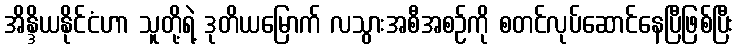
အိန္ဒိယနိုင်ငံဟာ သူတို့ရဲ့ ဒုတိယမြောက် လသွားအစီအစဉ်ကို စတင်လုပ်ဆောင်နေပြီဖြစ်ပြီး